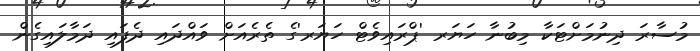
މުސާރަ ދިނުމަށްޓަކާ މިބުނާ ހަޔަރ 'ޕްރައިވެޓް ހަޔަރ'ގެ ތެރެއަށް ވައްދައި ދެފައި ދަމާލައިގެން